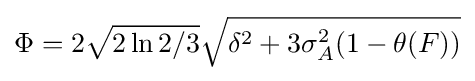
\Phi =2{\sqrt {2\ln 2/3}}{\sqrt {\delta ^{2}+3\sigma _{A}^{2}(1-\theta (F))}}